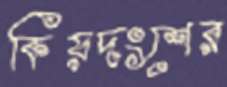
কিয়দংশের